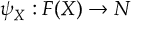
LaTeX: \psi _ { X } : F ( X ) \to N